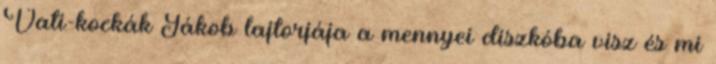
Vati-kockák Jákob lajtorjája a mennyei diszkóba visz és mi